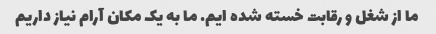
ما از شغل و رقابت خسته شده ایم. ما به یک مکان آرام نیاز داریم